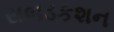
સબડકશન